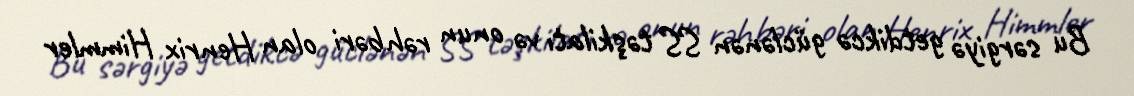
Bu sərgiyə getdikcə güclənən SS təşkilatı və onun rəhbəri olan Henrix Himmler